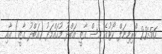
22:56 ކްރިމިނަލް ކޯޓުގެ އިސް ގާޒީ އަބްދު މުހައްމަދު (އަބްދު ގާޒީ) އާއި